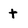
Character: t